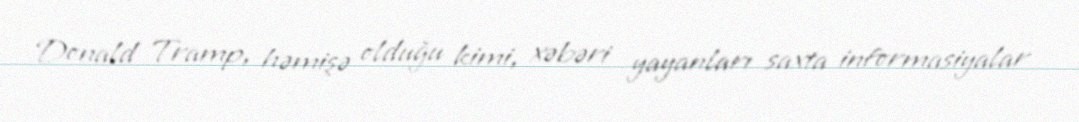
Donald Tramp, həmişə olduğu kimi, xəbəri yayanları saxta informasiyalar